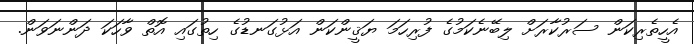
އެހީތެރިކަން ސަރުކާރަށް ލިބޭނެކަމުގެ ފުރިހަމަ ޔަޤީންކަން އަޅުގަނޑުގެ ހިތުގައި އޮތް ވާހަކަ ދަންނަވަން.